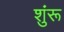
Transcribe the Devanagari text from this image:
शुंरू